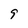
Character: 9